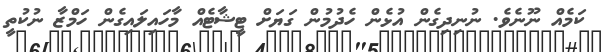
ކަމެއް ނޫނެވެ. ނުނިދިގެން އުޅެން ހެދުމުން ގަޔަށް ޓީޝާޓެއް މާހައިލައިގެން ހަމްޒާ ނުކުތީ